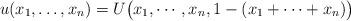
LaTeX: \begin{align*} u(x_1,\dots,x_n) = U\big(x_1,\cdots,x_n,1-(x_1+\cdots+x_n)\big)\end{align*}